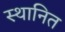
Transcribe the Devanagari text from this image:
स्थानित